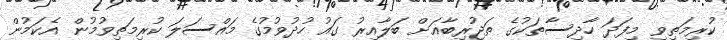
ކުރިމަތިވި މިފަދަ ހާދިސާތަކުގެ ތަޖުރިބާއަށް ބަލާއިރު ގައު ހުދުވުމުގެ މައްސަލަ ކުރިމަތިވުމުން އެކަމުން